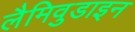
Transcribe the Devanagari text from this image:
लैमिवुडाइन